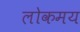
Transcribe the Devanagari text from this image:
लोकमय